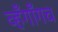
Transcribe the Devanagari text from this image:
व्हँगाँगचं